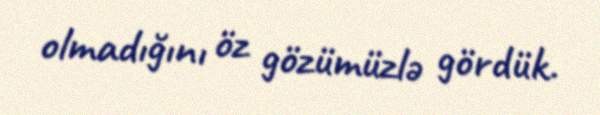
olmadığını öz gözümüzlə gördük.